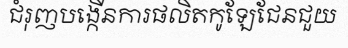
ជំរុញបង្កើនការផលិតកូឡែជែនជួយ